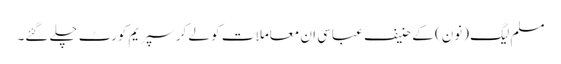
مسلم لیگ (نون) کے حنیف عباسی ان معاملا ت کو لے کر سپریم کورٹ چلے گئے۔